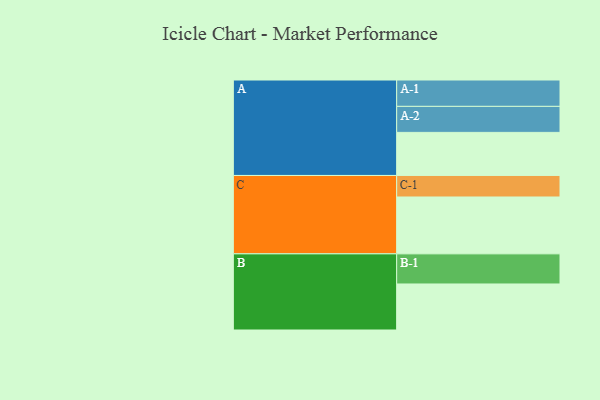
{"axis": {"x": "Segment", "y": "Value"}, "legend": ["", "A", "B", "C"], "data": [{"x": "A", "y": 366, "type": ""}, {"x": "B", "y": 391, "type": ""}, {"x": "C", "y": 483, "type": ""}, {"x": "A-1", "y": 224, "type": "A"}, {"x": "A-2", "y": 221, "type": "A"}, {"x": "B-1", "y": 256, "type": "B"}, {"x": "C-1", "y": 183, "type": "C"}]}